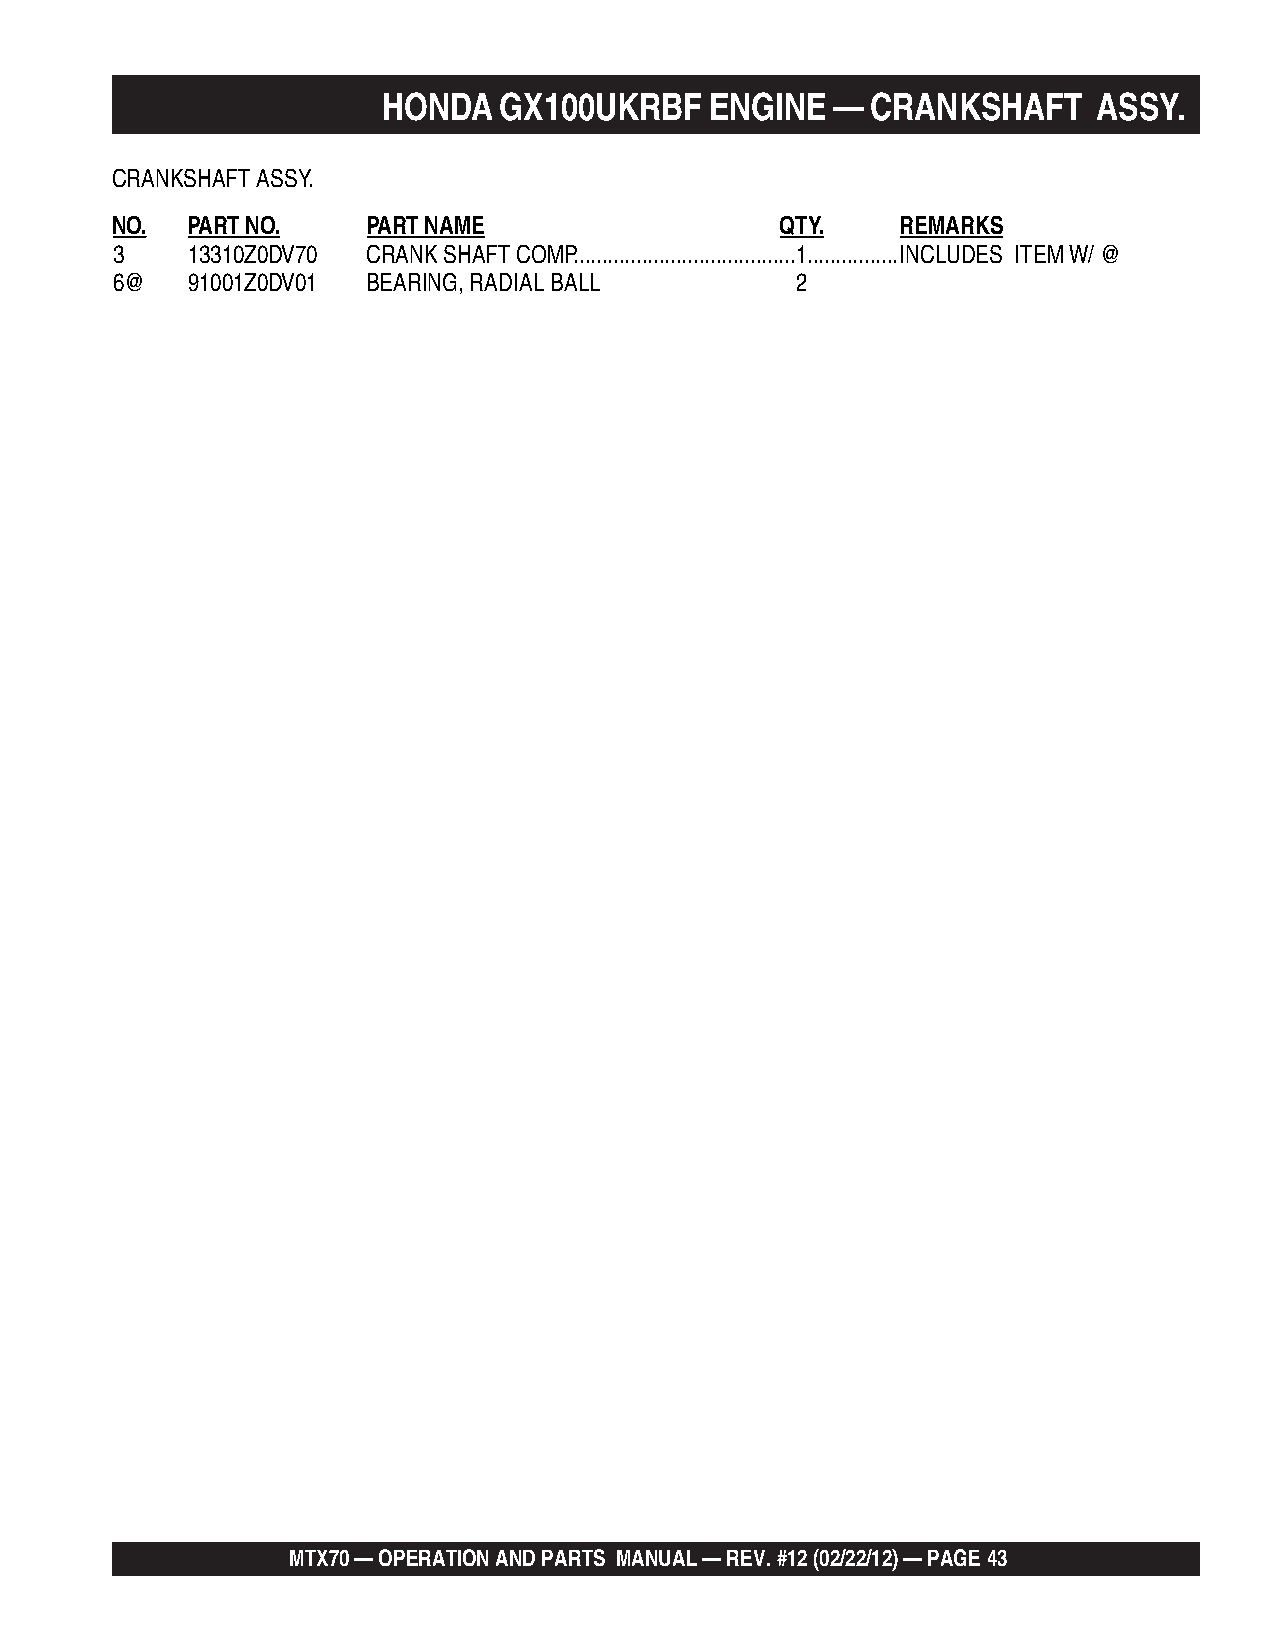
HONDA   GX100UKRBF    ENGINE  —  CRANKSHAFT     ASSY.
 CRANKSHAFT ASSY.
 NO.  PART NO.    PART NAME                   QTY.    REMARKS
 3    13310Z0DV70 CRANK SHAFT COMP. ......................................1................INCLUDES ITEM W/ @
 6@   91001Z0DV01 BEARING, RADIAL BALL         2
 MTX70 — OPERATION AND PARTS MANUAL — REV. #12 (02/22/12) — PAGE 43